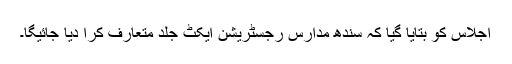
اجلاس کو بتایا گیا کہ سندھ مدارس رجسٹریشن ایکٹ جلد متعارف کرا دیا جائیگا۔